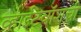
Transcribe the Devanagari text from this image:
व्हाईटवॉशची